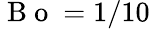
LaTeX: \mathrm{~B~o~}=1/10